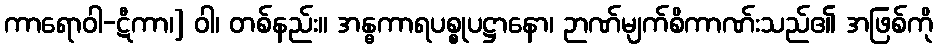
ကာရောဝါ-ဋီကာ၊] ဝါ၊ တစ်နည်း။ အန္ဓကာရပစ္စုပဋ္ဌာနော၊ ဉာဏ်မျက်စိကာဏ်းသည်၏ အဖြစ်ကို